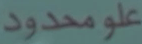
علو-مدود